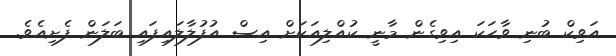
އަވިކް ބުނި ވާހަކަ އިވިގެން މާނީ ކުއްލިއަކަށް އިސް އުފުލާލައިފައި ބަލަން ފެށިއެވެ.